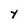
Character: Y